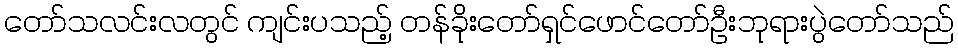
တော်သလင်းလတွင် ကျင်းပသည့် တန်ခိုးတော်ရှင်ဖောင်တော်ဦးဘုရားပွဲတော်သည်